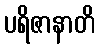
ပရိဇာနာတိ